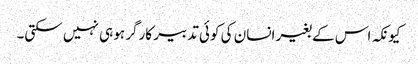
کیونکہ اس کے بغیر انسان کی کوئی تدبیر کارگر ہو ہی نہیں سکتی۔